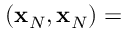
( { \bf x } _ { N } , { \bf x } _ { N } ) =